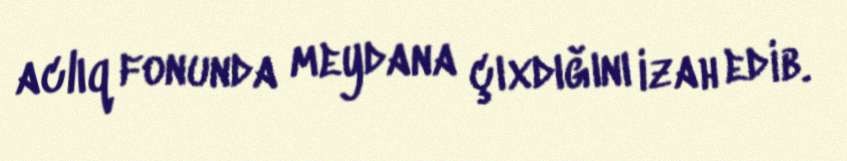
aclıq fonunda meydana çıxdığını izah edib.